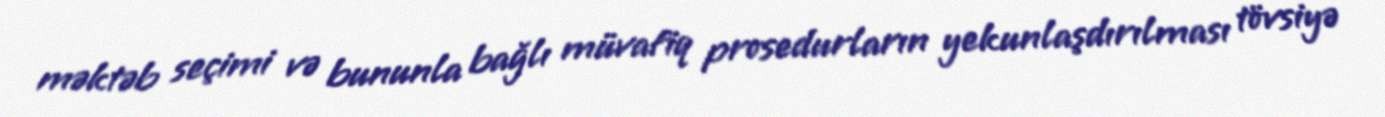
məktəb seçimi və bununla bağlı müvafiq prosedurların yekunlaşdırılması tövsiyə